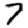
Digit: 7